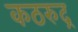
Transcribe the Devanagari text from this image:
कठरुद्र